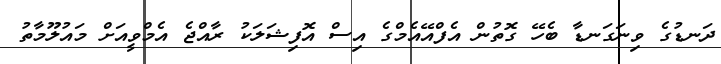
ދަނޑުުގެ ވިނަގަނޑާ ބެހޭ ގޮތުުން އެފްްއޭއެމްގެ އިސް އޮފިޝަލަކު ރާއްޖެ އެމްވީއަށް މައުލޫމާތު